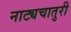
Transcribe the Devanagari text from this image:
नाट्यचातुरी